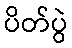
ပိတ်ပွဲ